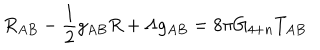
R _ { A B } - \frac { 1 } { 2 } g _ { A B } R + \Lambda g _ { A B } = 8 \pi G _ { 4 + n } T _ { A B }